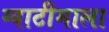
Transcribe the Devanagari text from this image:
ग्वाटीमाला